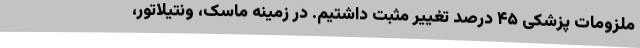
ملزومات پزشکی ۴۵ درصد تغییر مثبت داشتیم. در زمینه ماسک، ونتیلاتور،